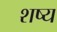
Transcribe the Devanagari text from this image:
शष्य